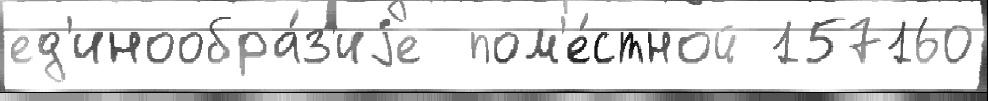
ед'инообра́з'иjе  пом'е́стной 157160